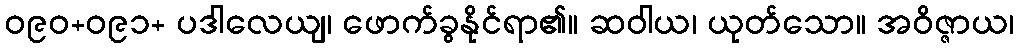
ဝ၉၀+ဝ၉၁+ ပဒါလေယျ၊ ဖောက်ခွနိုင်ရာ၏။ ဆဝါယ၊ ယုတ်သော။ အဝိဇ္ဇာယ၊